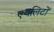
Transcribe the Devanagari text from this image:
एथलिटों